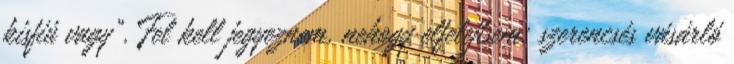
kisfiú vagy". Fel kell jegyeznem, nehogy elfelejtsem: szerencsés vásárló